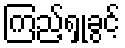
ကြည့်ရှုခွင့်